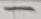
Text: -